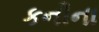
કનીના